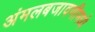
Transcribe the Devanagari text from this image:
अंमलबजावणीमध्ये